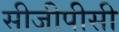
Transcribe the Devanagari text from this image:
सीजीपीसी